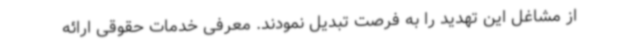
از مشاغل این تهدید را به فرصت تبدیل نمودند. معرفی خدمات حقوقی ارائه